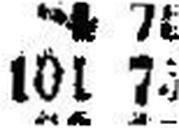
101 75